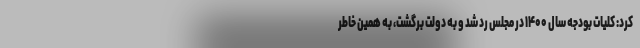
کرد: کلیات بودجه سال ۱۴۰۰ در مجلس رد شد و به دولت برگشت، به همین خاطر